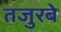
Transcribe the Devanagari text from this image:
तजुरबे